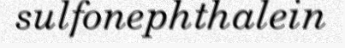
sulfonephthalein